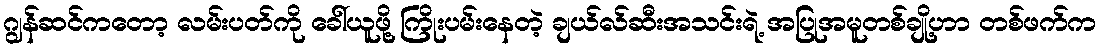
ဂျွန်ဆင်ကတော့ လမ်းပတ်ကို ခေါ်ယူဖို့ ကြိုးပမ်းနေတဲ့ ချယ်လ်ဆီးအသင်းရဲ့ အပြုအမူတစ်ချို့ဟာ တစ်ဖက်က